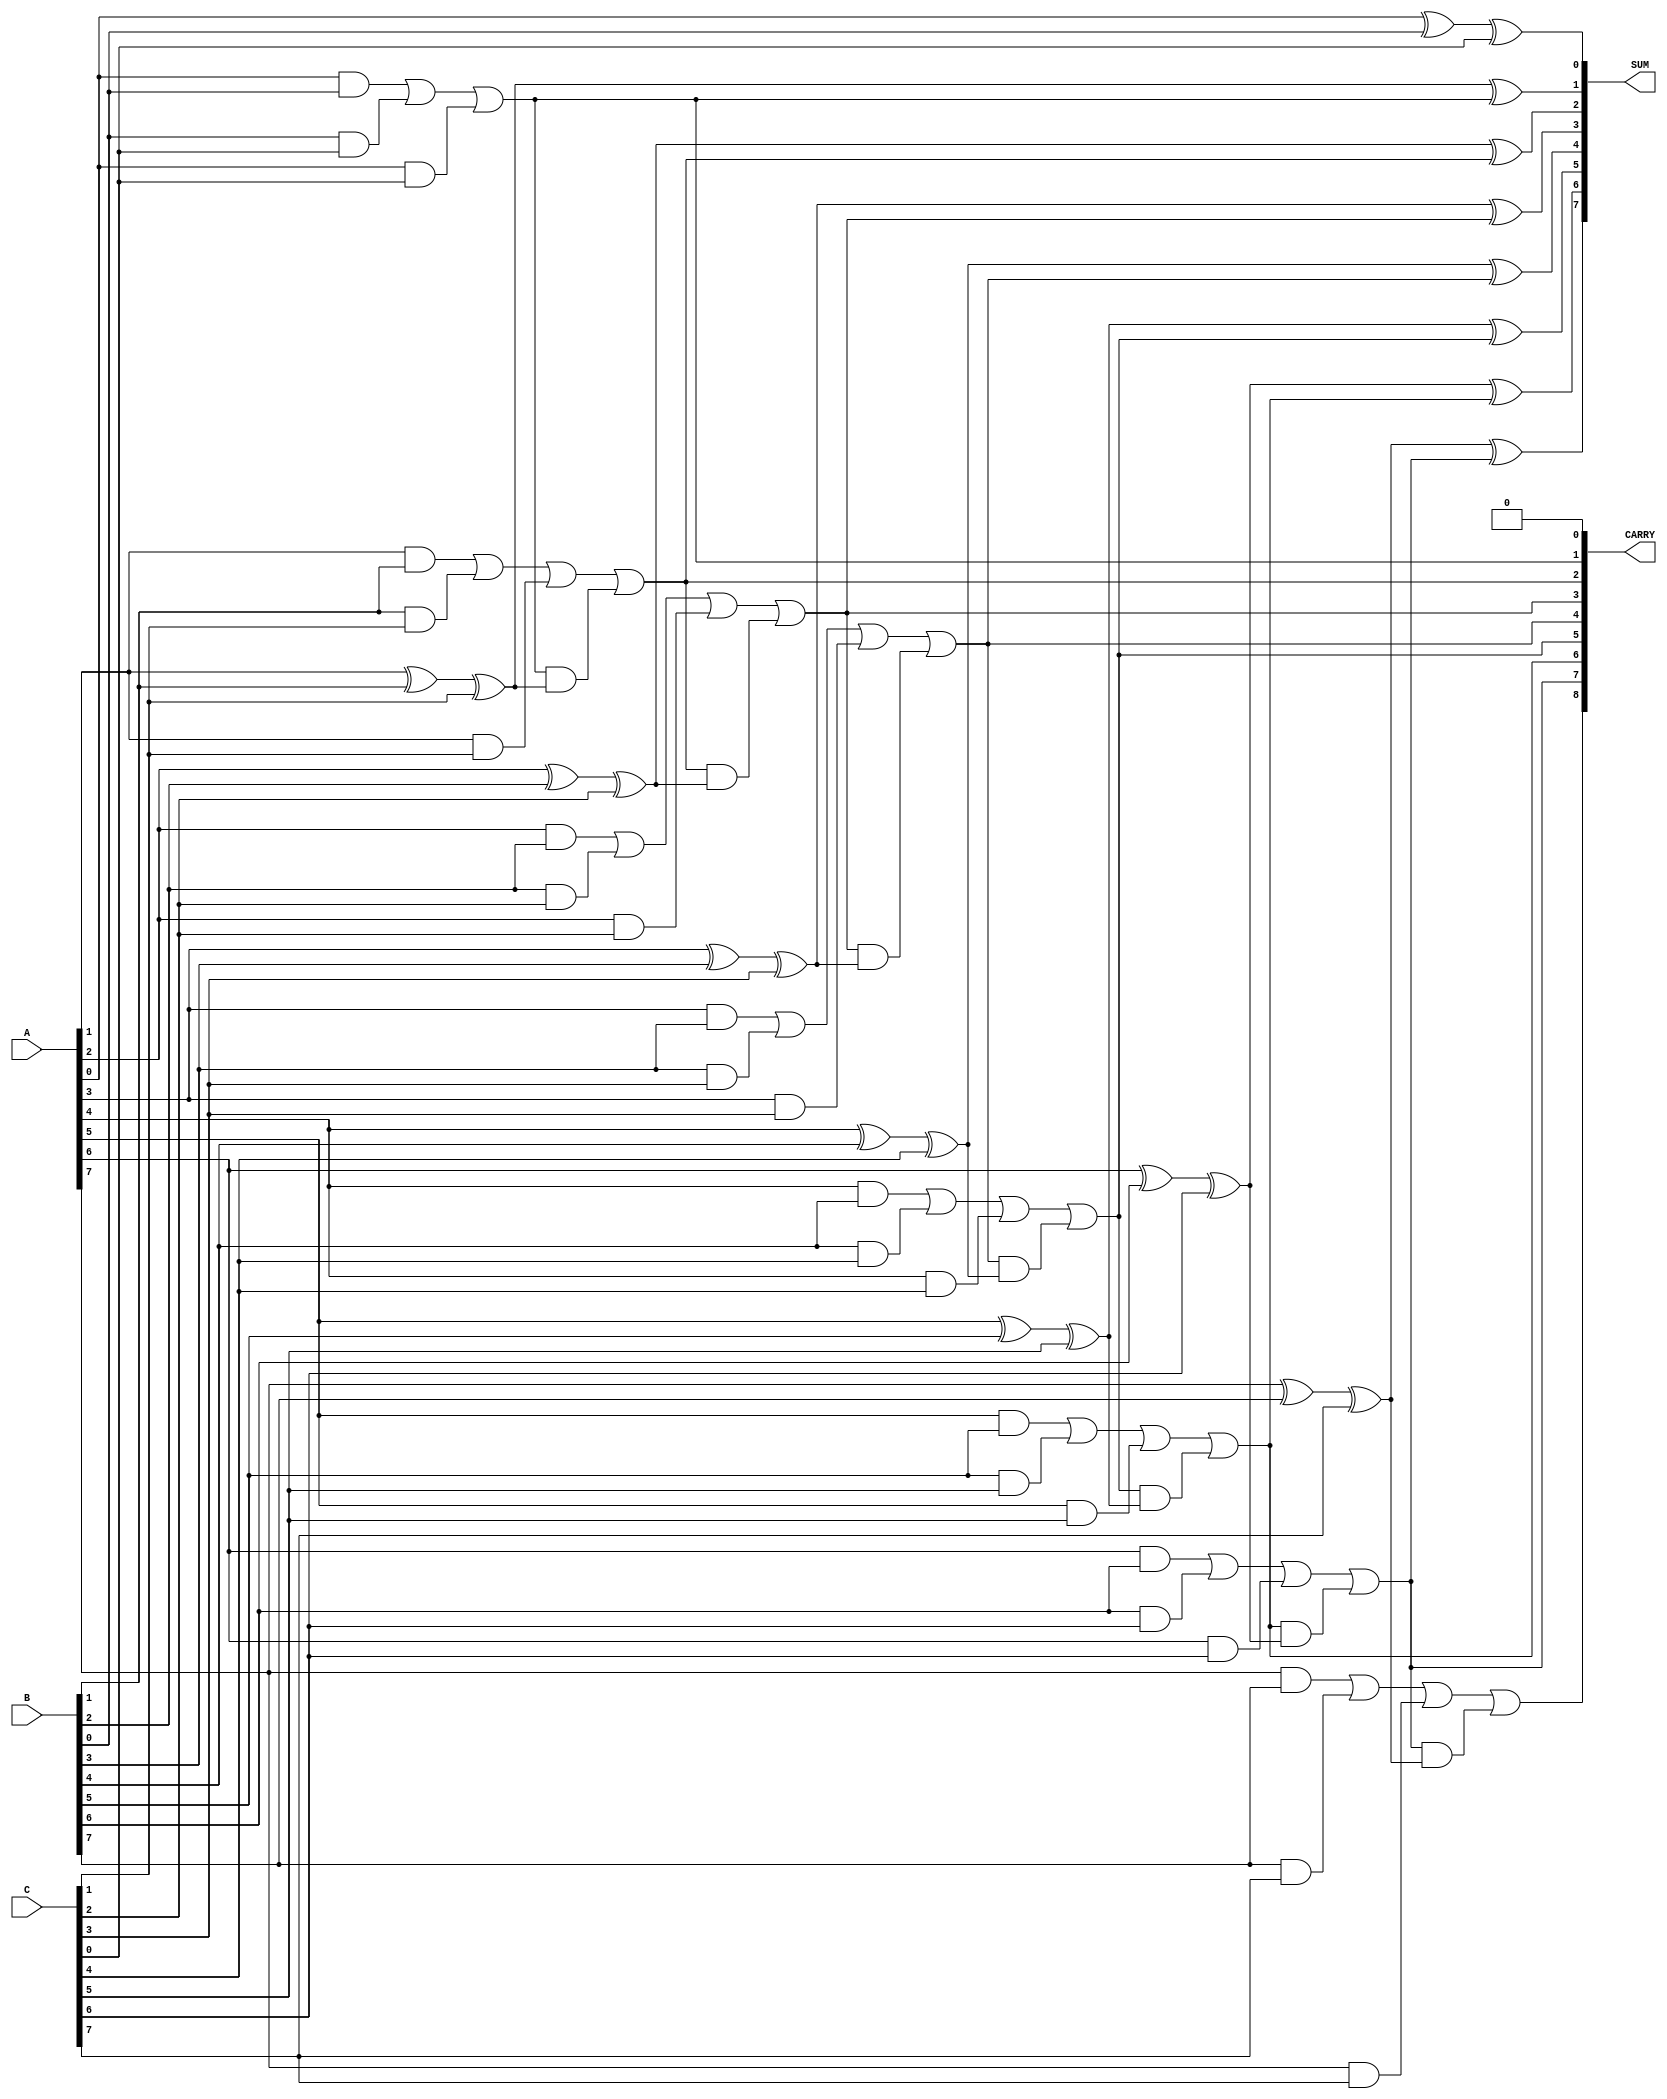
module carry_save_adder #(
    parameter WIDTH = 8 // Bit-width of input operands
)(
    input [WIDTH-1:0] A, // First operand
    input [WIDTH-1:0] B, // Second operand
    input [WIDTH-1:0] C, // Third operand
    output [WIDTH-1:0] SUM, // Partial sum output
    output [WIDTH:0] CARRY // Carry output (WIDTH+1 bits to accommodate carry)
);

    // Internal wires to hold the sum and carry outputs of each full adder
    wire [WIDTH:0] carry; // Carry from full adders
    wire [WIDTH-1:0] sum; // Sum from full adders

    // Initialize the first carry to 0
    assign carry[0] = 1'b0;

    // Generate full adders for each bit position
    genvar i;
    generate
        for (i = 0; i < WIDTH; i = i + 1) begin : full_adder
            // Each full adder takes two bits from A, B, C and the carry from the previous position
            assign sum[i] = A[i] ^ B[i] ^ C[i] ^ carry[i]; // Sum bit
            assign carry[i+1] = (A[i] & B[i]) | (B[i] & C[i]) | (A[i] & C[i]) | (carry[i] & (A[i] ^ B[i] ^ C[i])); // Carry out
        end
    endgenerate

    // Assign outputs
    assign SUM = sum; // Final sum output
    assign CARRY = carry; // Final carry output

endmodule